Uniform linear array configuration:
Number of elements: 64
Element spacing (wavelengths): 0.5
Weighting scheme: blackman
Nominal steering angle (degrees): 0
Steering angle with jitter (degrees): -0.5587
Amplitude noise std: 0.05
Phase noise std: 0.05

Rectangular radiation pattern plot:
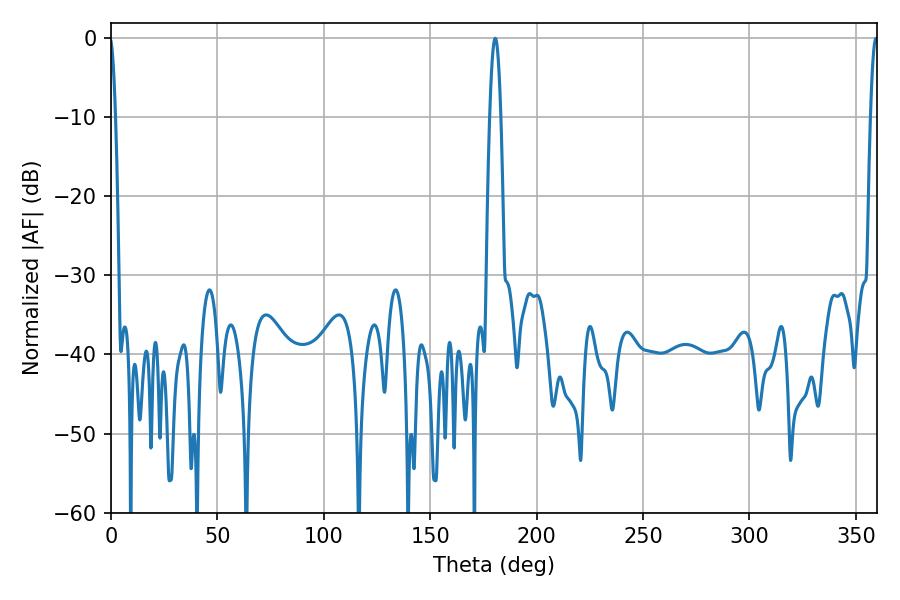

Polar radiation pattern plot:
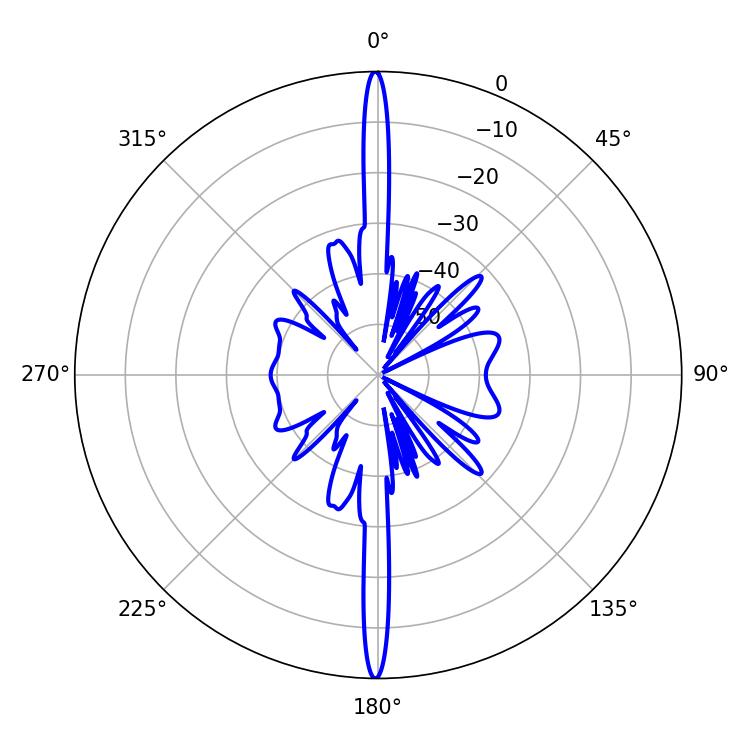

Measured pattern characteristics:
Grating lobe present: FALSE
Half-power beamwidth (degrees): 2.88
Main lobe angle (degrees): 180.54